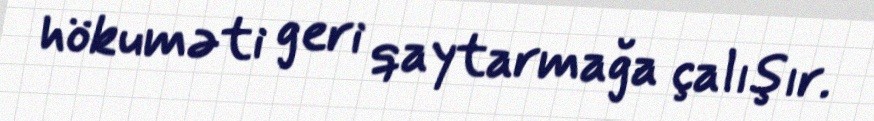
hökuməti geri qaytarmağa çalışır.